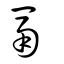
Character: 鬲